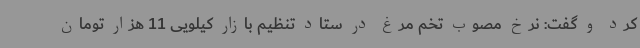
کرد و گفت: نرخ مصوب تخم مرغ در ستاد تنظیم بازار کیلویی 11 هزار تومان